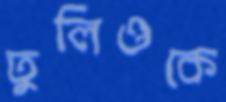
তুলিওকে